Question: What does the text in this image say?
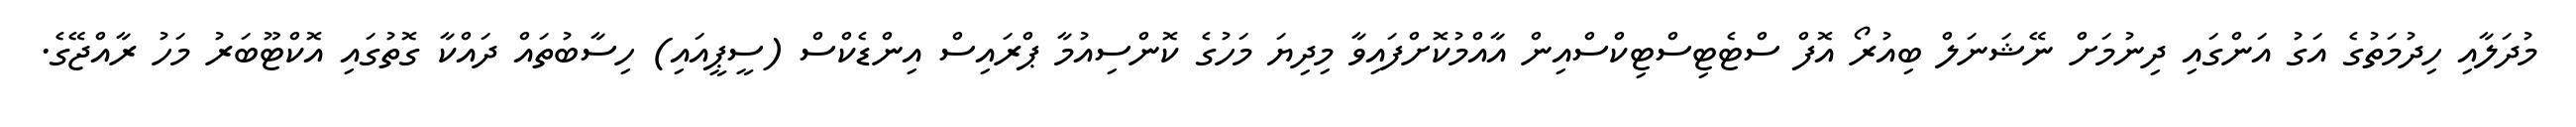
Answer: މުދަލާއި ހިދުމަތުގެ އަގު އަންގައި ދިނުމަށް ނޭޝަނަލް ބިއުރޯ އޮފް ސްޓެޓިސްޓިކްސްއިން އާއްމުކޮށްފައިވާ މިދިޔަ މަހުގެ ކޮންސިއުމާ ޕްރައިސް އިންޑެކްސް (ސީޕީއައި) ހިސާބުތައް ދައްކާ ގޮތުގައި އޮކްޓޫބަރު މަހު ރާއްޖޭގެ.